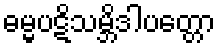
ဓမ္မပဋိသမ္ဘိဒါပတ္တော